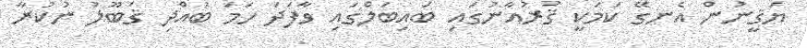
ޔަޤީނުން އެނގޭ ކަމަކީ ޤުރުއާނުގައި ބައިބަލްގައި ވާފަދަ ހަމަ ބުއްދި ޤަބޫލު ނުކުރާ